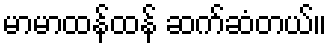
မာမာထန်ထန် ဆက်ဆံတယ်။